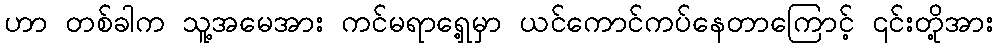
ဟာ တစ်ခါက သူ့အမေအား ကင်မရာရှေ့မှာ ယင်ကောင်ကပ်နေတာကြောင့် ၎င်းတို့အား